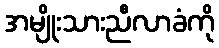
အမျိုးသားညီလာခံကို